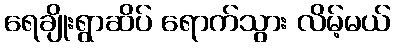
ရေချိုးရွာဆိပ် ရောက်သွား လိမ့်မယ်